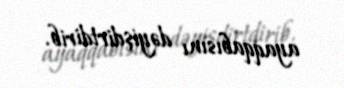
ayaqqabısını dəyişdirtdirib.